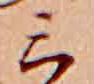
ミ